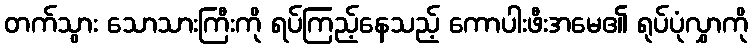
တက်သွား သောသားကြီးကို ရပ်ကြည့်နေသည့် ကောပါးဖီးအမေ၏ ရုပ်ပုံလွှာကို